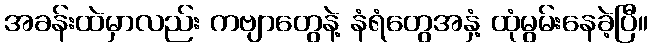
အခန်းထဲမှာလည်း ကဗျာတွေနဲ့ နံရံတွေအနှံ့ ထုံမွမ်းနေခဲ့ပြီ။